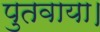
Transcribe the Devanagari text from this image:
पुतवाया।